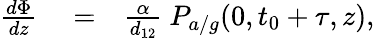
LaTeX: \begin{array}{rlr}{\frac{d\Phi}{dz}}&{{}=}&{\frac{\alpha}{d_{12}}\ P_{a/g}(0,t_{0}+\tau,z),}\end{array}